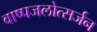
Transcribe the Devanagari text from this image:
वाष्पजलोत्सर्जन